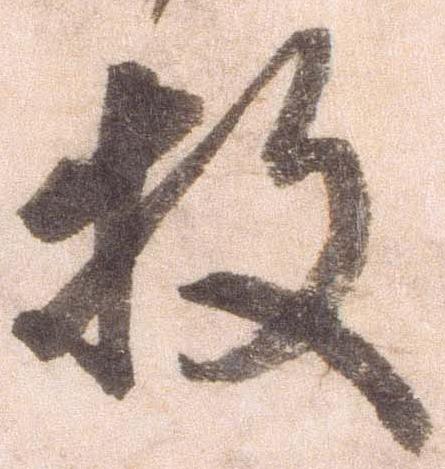
枚